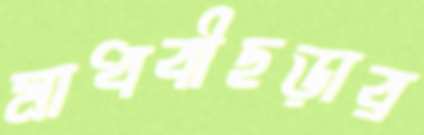
মাধবীছড়ার